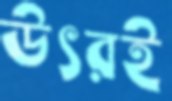
উৎরই